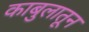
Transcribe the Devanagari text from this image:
काबुलातून